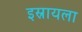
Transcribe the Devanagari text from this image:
इस्रायला